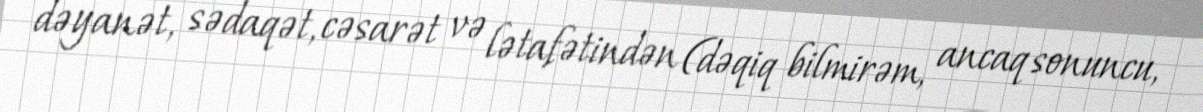
dəyanət, sədaqət, cəsarət və lətafətindən (dəqiq bilmirəm, ancaq sonuncu,